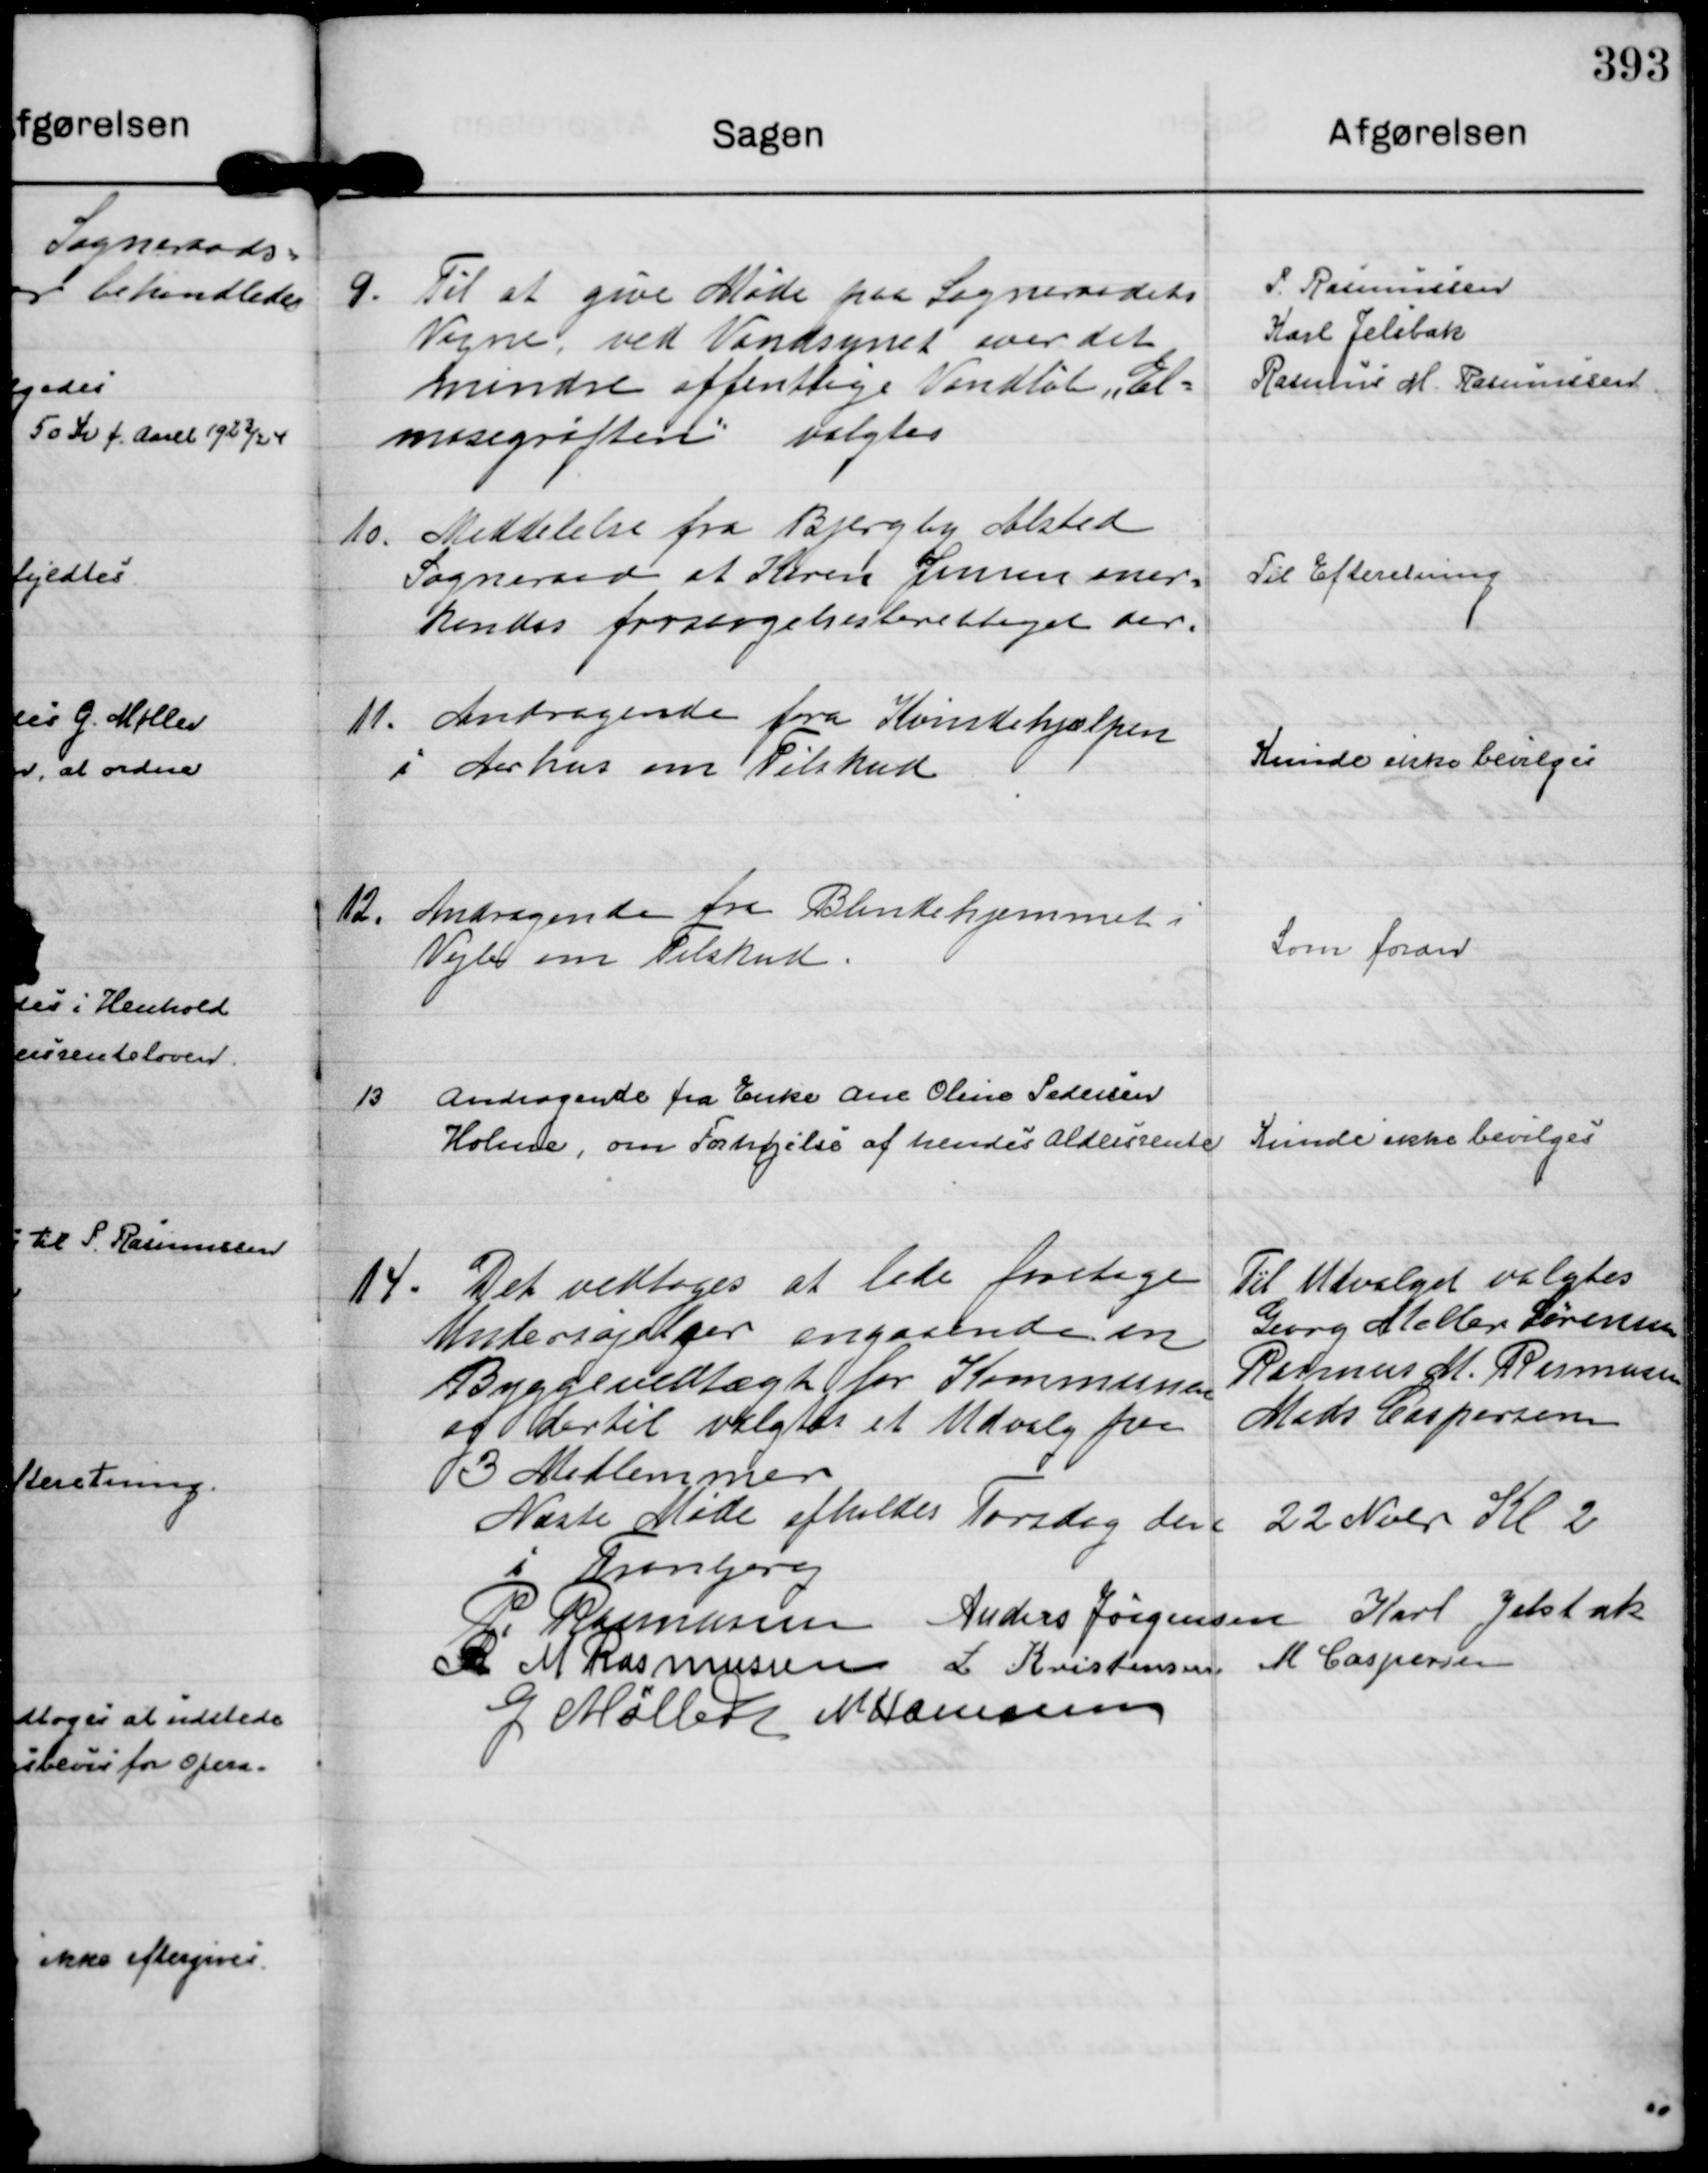
Transskription:
9.
Til at give Møde paa Sogneraadets
Vegne, ved Vandsynet over det
mindre offentlige Vandløb "El=
mosegrøften" valgtes

P. Rasmussen
Karl Jelsbak
Rasmus M. Rasmussen

10.
Meddelelse fra Bjergby Alsted 
Sogneraade at Karen Jensen aner=
kendes forsørgelsesberettiget der.

Til Efteretning

11.
Andragende fra Kvindehjælpen
i Aarhus om Tilskud

Kunde ikke bevilges

12.
Andragende fra Blindehjemmet i
Vejle om Tilskud.

Som foran

13
Andragende fra Enke Ane Oline Pedersen
Holme, om Forhøjelse af hendes Aldersrente

Kunde ikke bevilges

14.
Det vedtoges at lade foretage
Undersøgelser angaaende en
Byggevedtægt for Kommunen
og dertil valgtes et Udvalg paa
3 Medlemmer

Til Udvalget valgtes
Georg Møller Sørensen
Rasmus M. Rasmussen
Mads Caspersen

Næste Møde afholdes Torsdag den 22 Nobr Kl 2
i Tranbjerg
P. Rasmussen
Anders Jørgensen
Karl Jelsbak
R M Rasmussen
L Kristensen
M Caspersen
G Møller
N Hamann